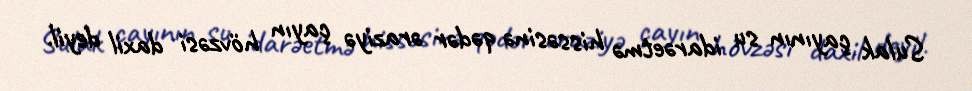
Sulak çayının su idarəetmə hissəsinə qədər əraziyə çayın hövzəsi daxil deyil.